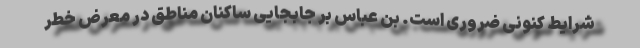
شرایط کنونی ضروری است. بن عباس بر جابجایی ساکنان مناطق در معرض خطر